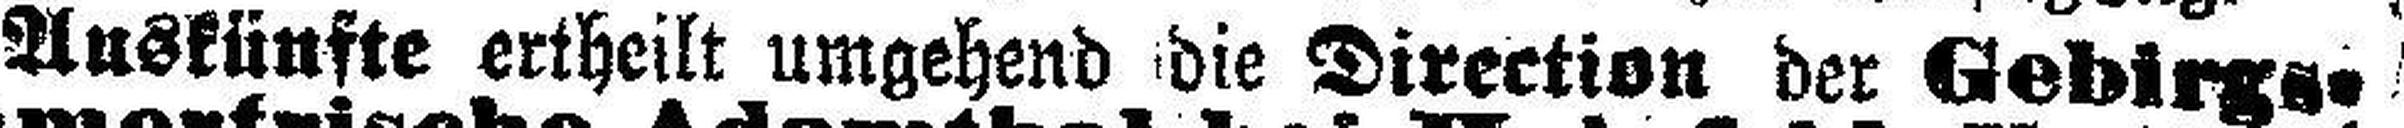
Auskünfte ertheilt umgehend die Direction der Gebirgs=